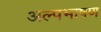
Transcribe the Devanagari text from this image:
अल्पभाषण